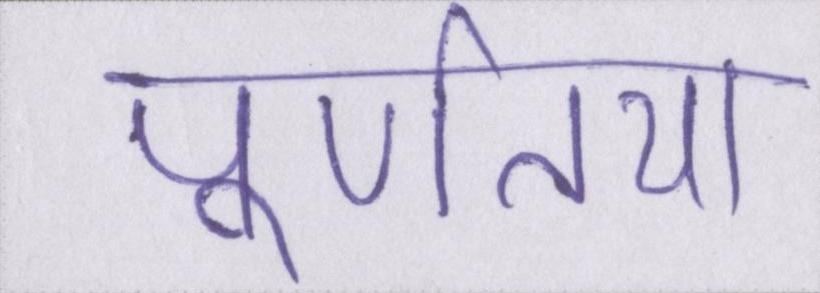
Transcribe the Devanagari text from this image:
पूर्णतया